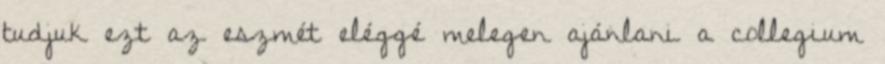
tudjuk ezt az eszmét eléggé melegen ajánlani a collegium